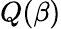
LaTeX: Q(\beta)